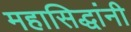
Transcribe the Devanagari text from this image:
महासिद्धांनी